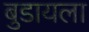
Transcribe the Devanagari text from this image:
बुडायला